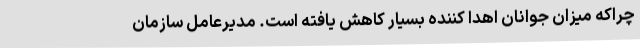
چراکه میزان جوانان اهدا کننده بسیار کاهش یافته است. مدیرعامل سازمان